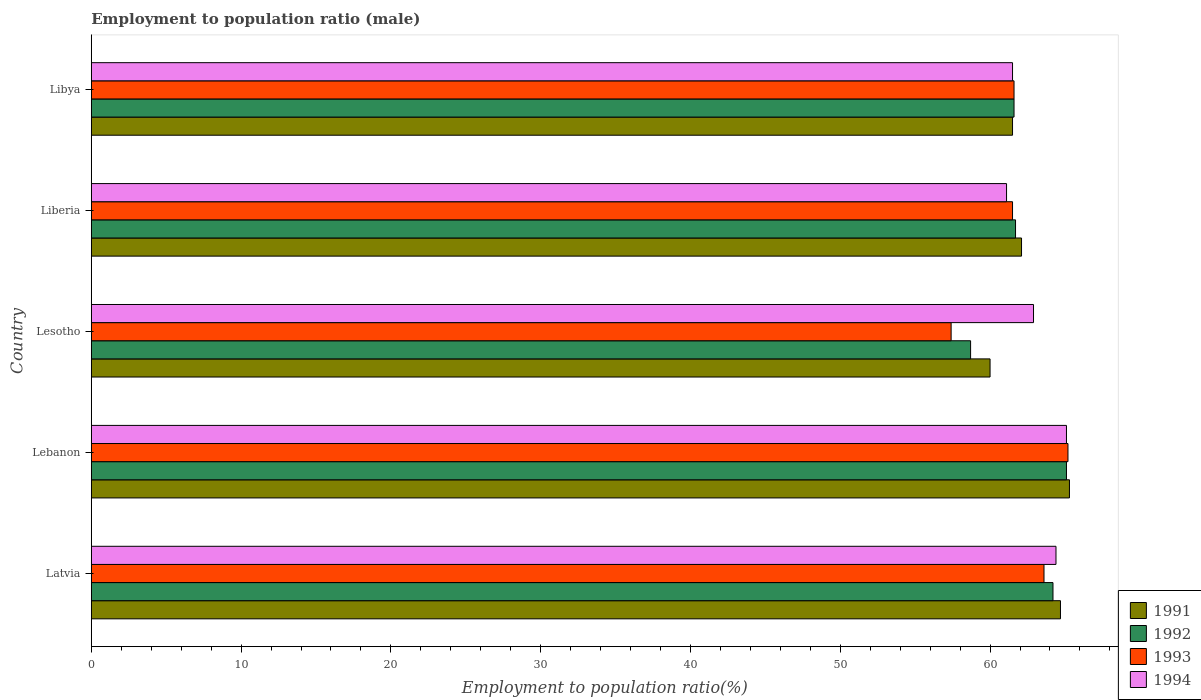
| Country | 1991 | 1992 | 1993 | 1994 |
 | --- | --- | --- | --- | --- |
 | Latvia | 64.7 | 64.2 | 63.6 | 64.4 |
 | Lebanon | 65.3 | 65.1 | 65.2 | 65.1 |
 | Lesotho | 60 | 58.7 | 57.4 | 62.9 |
 | Liberia | 62.1 | 61.7 | 61.5 | 61.1 |
 | Libya | 61.5 | 61.6 | 61.6 | 61.5 |